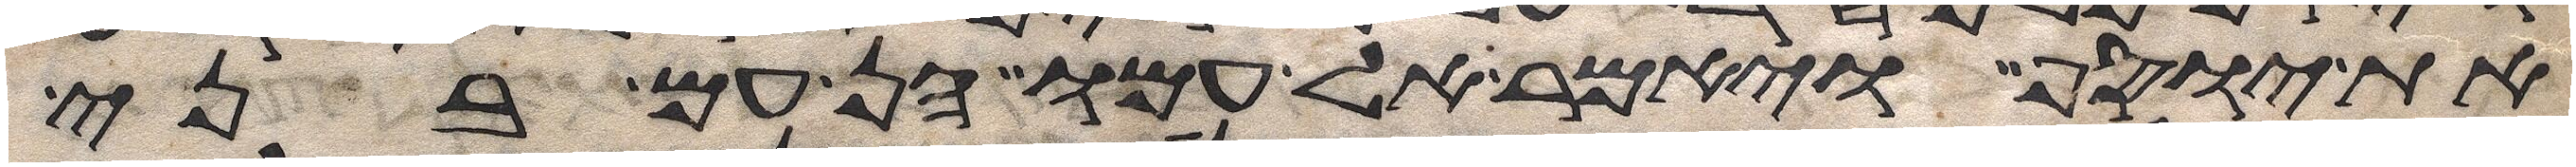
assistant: את יוסף ויאמר אל עמו הן עם בני